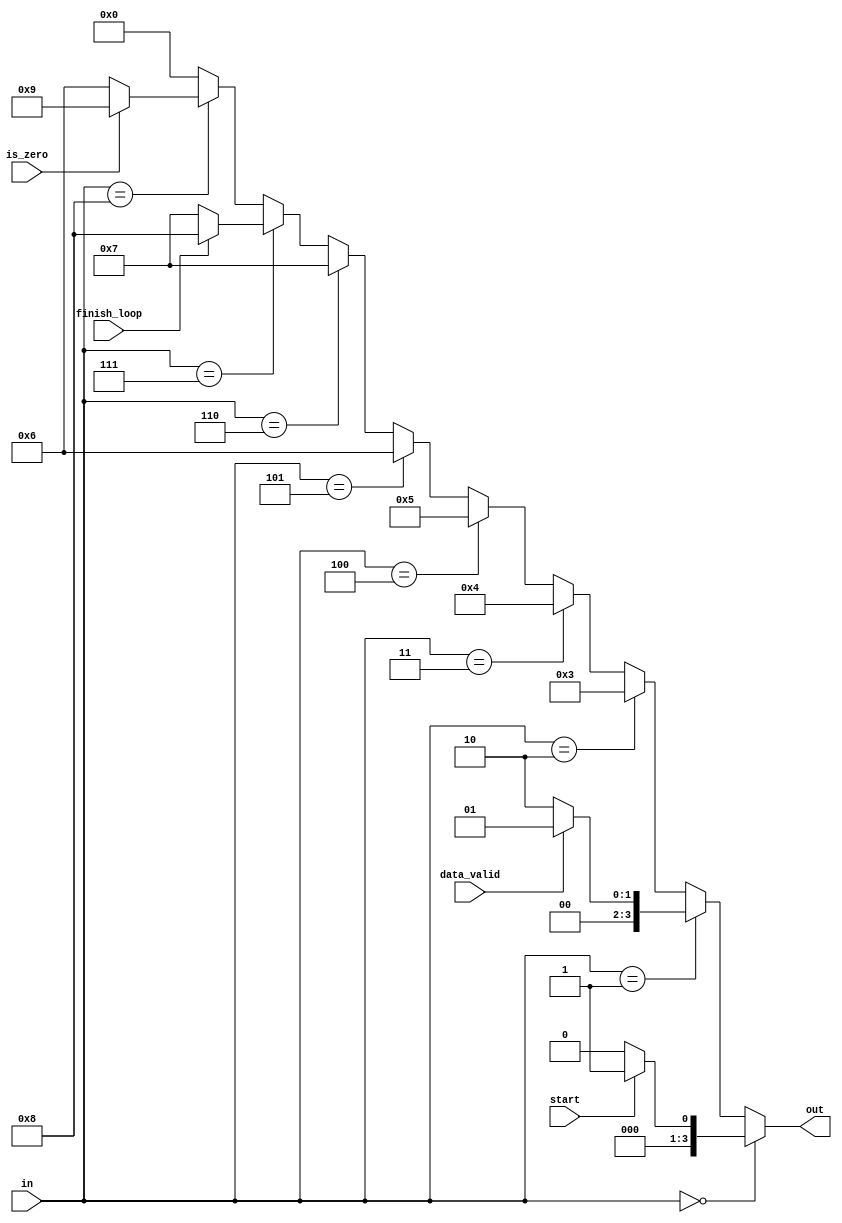
module next_state(
    input wire [3:0] in,
    input wire start, data_valid, is_zero, finish_loop,
    output wire [3:0] out
);
    assign out =    in == 4'd0 ? (start ? 4'd1 : 4'd0) :
                    in == 4'd1 ? (data_valid ? 4'd1 : 4'd2) :
                    in == 4'd2 ? 4'd3 :
                    in == 4'd3 ? 4'd4 :
                    in == 4'd4 ? 4'd5 :
                    in == 4'd5 ? 4'd6 :
                    in == 4'd6 ? 4'd7 :
                    in == 4'd7 ? (finish_loop ? 4'd8 : 4'd7) :
                    in == 4'd8 ? (is_zero ? 4'd9 : 4'd6) :
                    in == 4'd9 ? 4'd0 : 4'd0;
endmodule